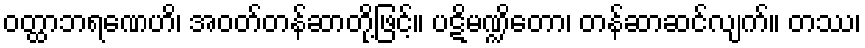
ဝတ္ထာဘရဏေဟိ၊ အဝတ်တန်ဆာတို့ဖြင့်။ ပဋိမဏ္ဍိတော၊ တန်ဆာဆင်လျက်။ တဿ၊